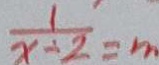
\frac { 1 } { x + 2 } = m